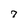
Character: 7